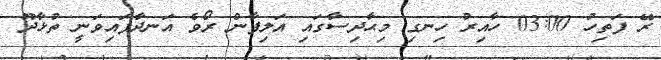
ރޭ ފަތިހު 03:00 ހާއިރު ހިނގި މިޙާދިސާގައި އަލިފާން ރޯވެ އަނދާފައިވަނީ ތުޅާދޫ